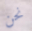
نحن